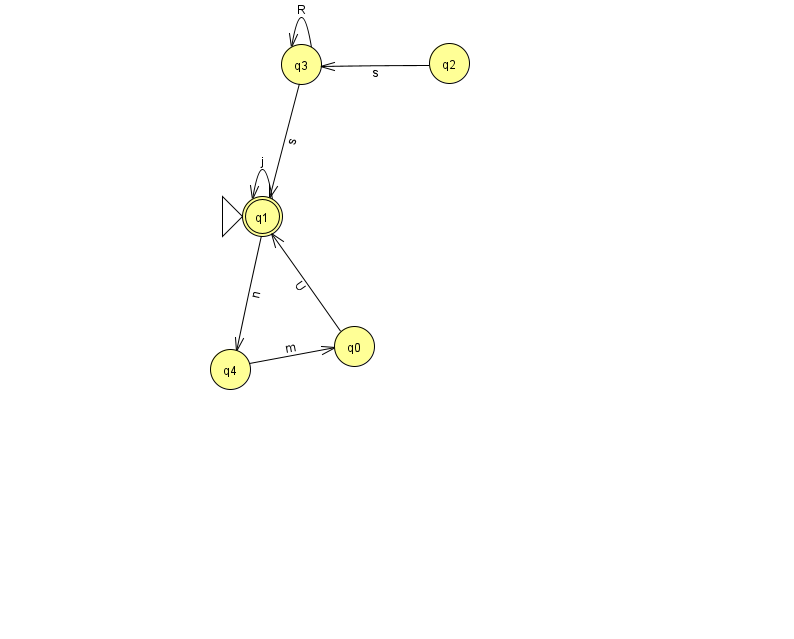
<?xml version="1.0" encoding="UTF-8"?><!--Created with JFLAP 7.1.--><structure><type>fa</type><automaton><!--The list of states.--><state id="0" name="q0"><x>354.0</x><y>333.0</y></state><state id="1" name="q1"><x>262.0</x><y>203.0</y><initial/><final/></state><state id="2" name="q2"><x>449.0</x><y>50.0</y></state><state id="3" name="q3"><x>301.0</x><y>51.0</y></state><state id="4" name="q4"><x>230.0</x><y>356.0</y></state><!--The list of transitions.--><transition><from>0</from><to>1</to><read>U</read></transition><transition><from>3</from><to>3</to><read>R</read></transition><transition><from>2</from><to>3</to><read>s</read></transition><transition><from>4</from><to>0</to><read>m</read></transition><transition><from>1</from><to>1</to><read>j</read></transition><transition><from>3</from><to>1</to><read>s</read></transition><transition><from>1</from><to>4</to><read>n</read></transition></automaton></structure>